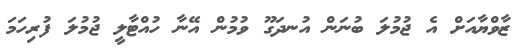
ޒާވްޔާއަށް އެ ޖުމުލަ ބުނަން އުނދަގޫ ވުމުން އޭނާ ހުއްޓާލީ ޖުމުލަ ފުރިހަމަ